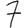
Digit: 7